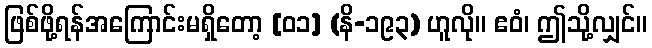
ဖြစ်ဖို့ရန်အကြောင်းမရှိတော့ [၀၁] (နိ-၁၉၃) ဟူလို။ ဧဝံ၊ ဤသို့လျှင်။